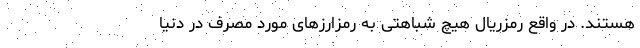
هستند. در واقع رمزریال هیچ شباهتی به رمزارزهای مورد مصرف در دنیا